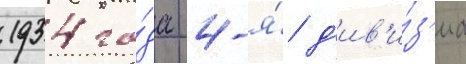
1934 го́да 4-я́ д'ив'и́з'иа